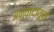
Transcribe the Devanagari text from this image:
अनुवादातून